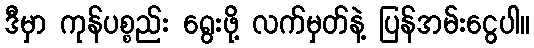
ဒီမှာ ကုန်ပစ္စည်း ရွေးဖို့ လက်မှတ်နဲ့ ပြန်အမ်းငွေပါ။